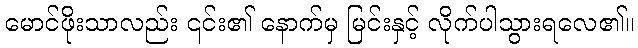
မောင်ဖိုးသာလည်း ၎င်း၏ နောက်မှ မြင်းနှင့် လိုက်ပါသွားရလေ၏။